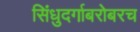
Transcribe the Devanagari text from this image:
सिंधुदर्गाबरोबरच